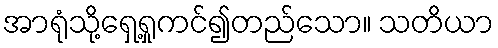
အာရုံသို့ရှေ့ရှုကင်၍တည်သော။ သတိယာ